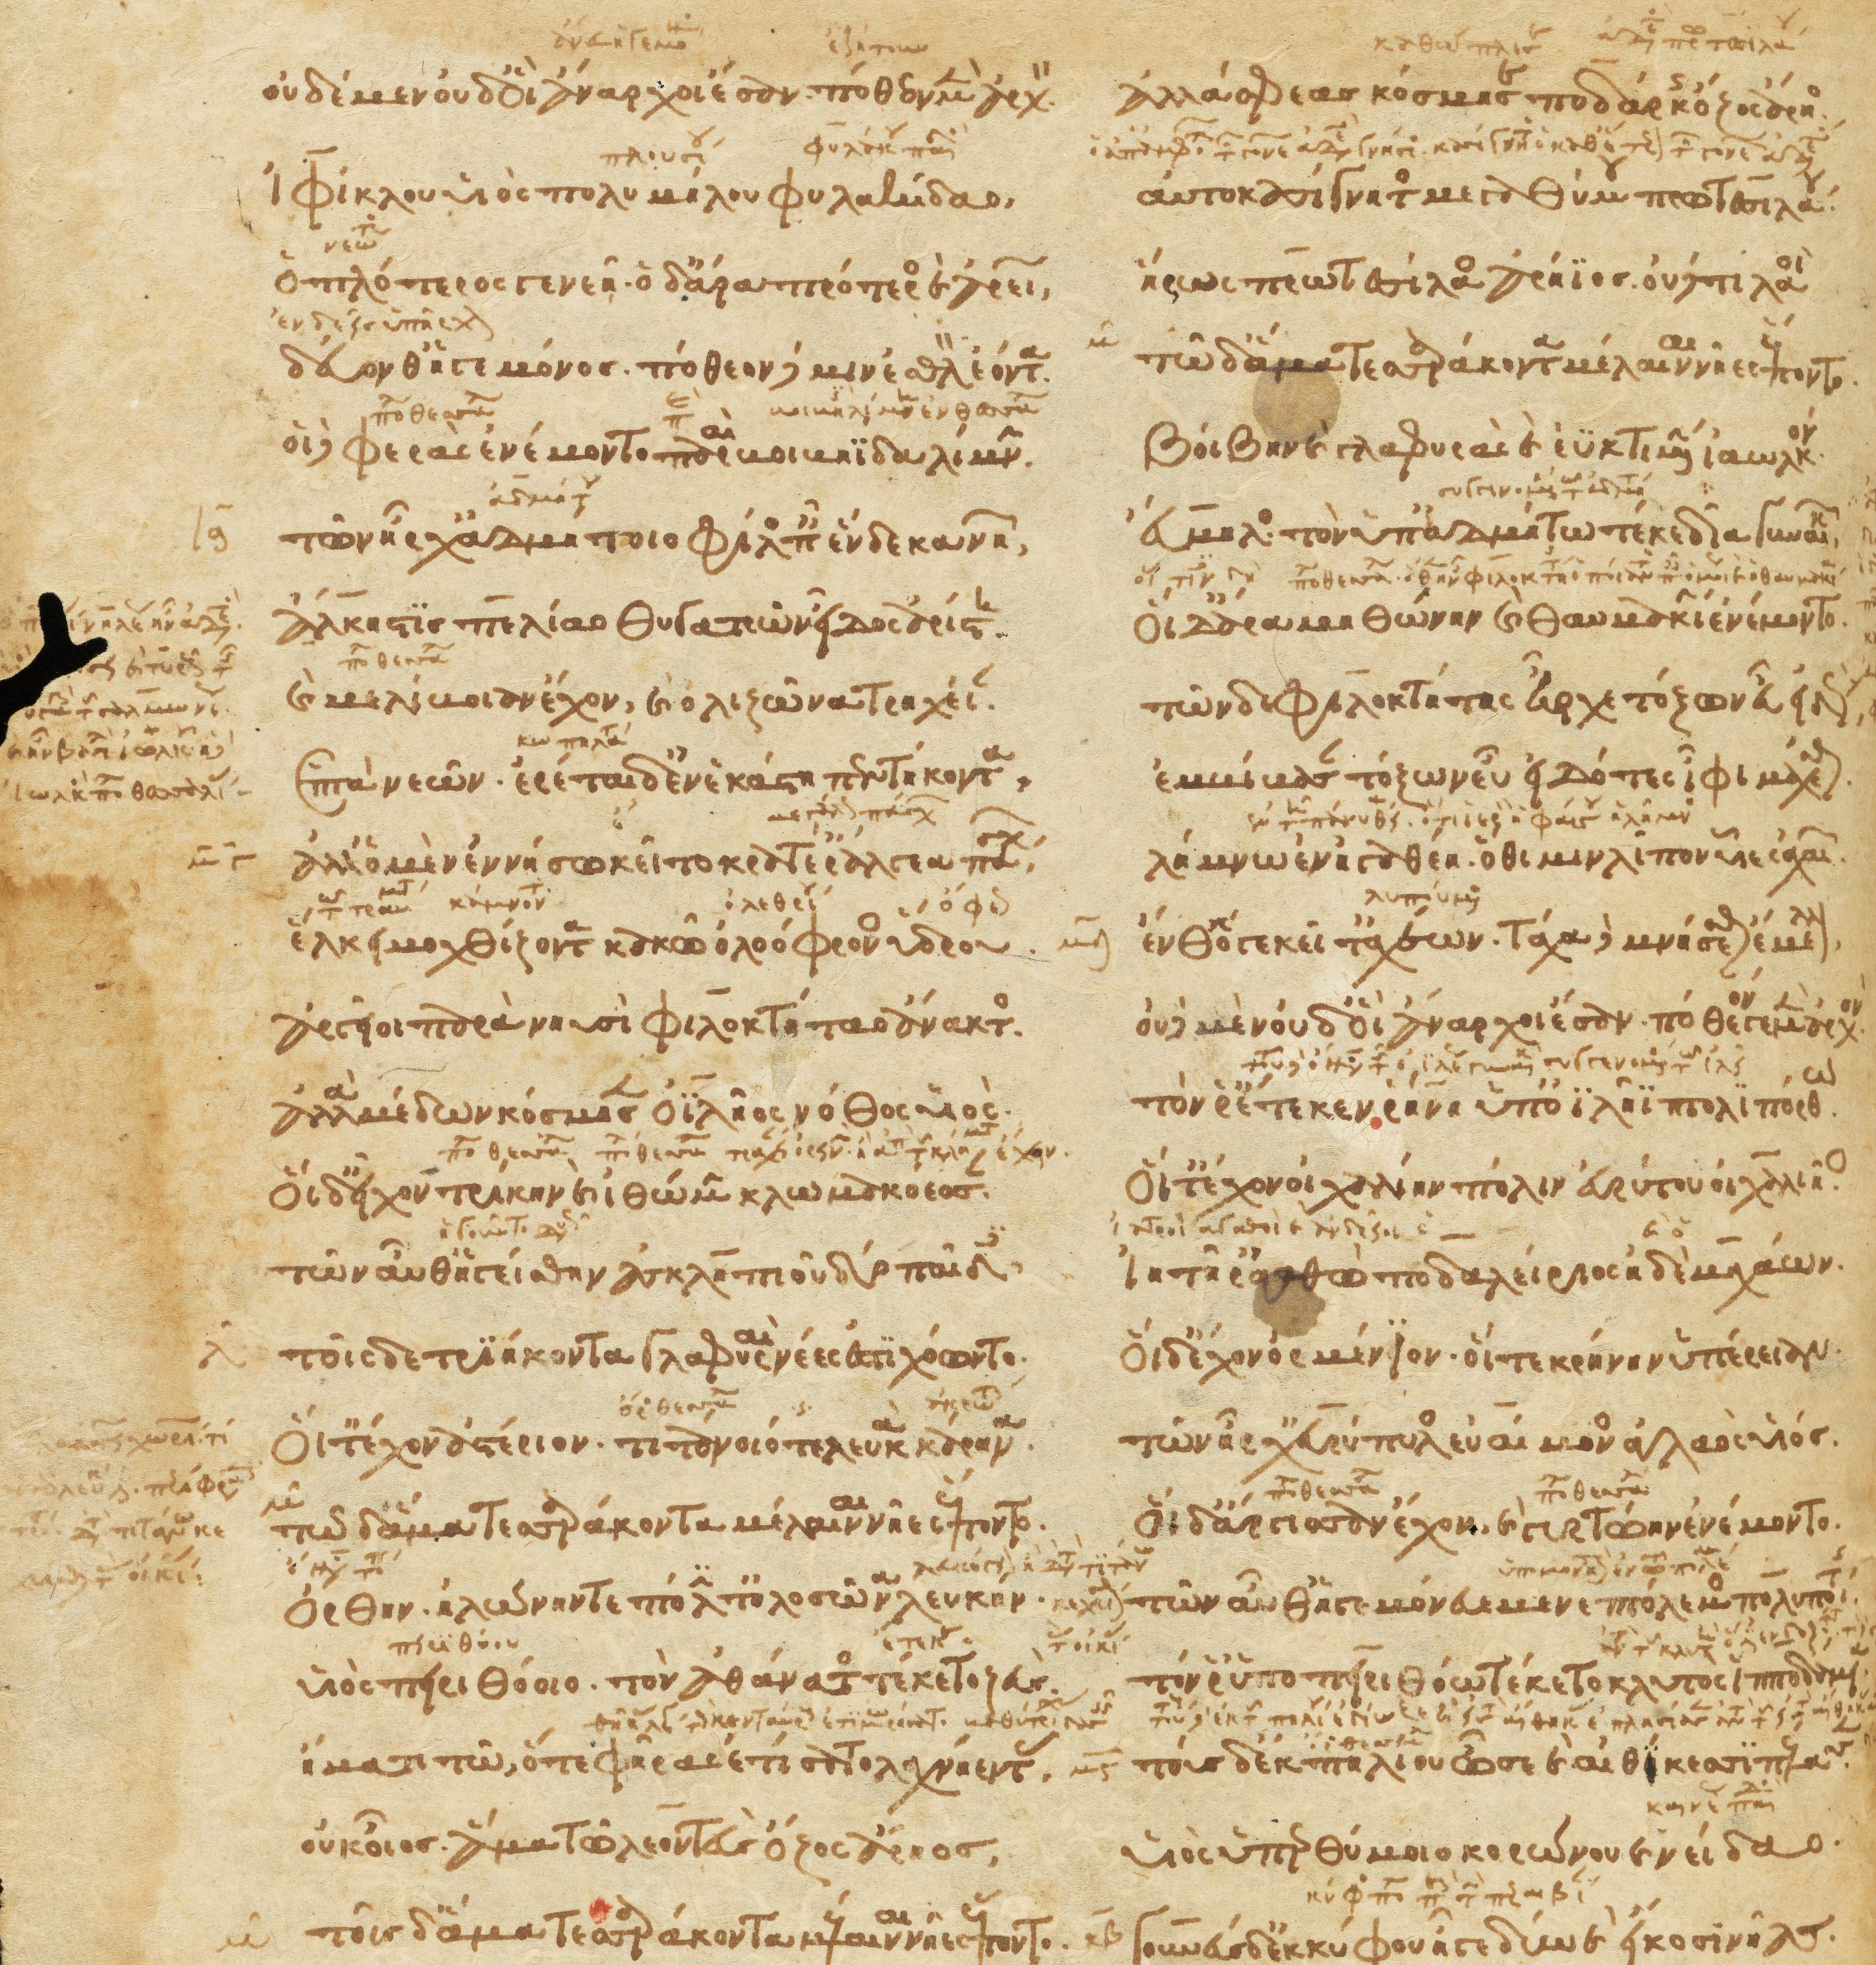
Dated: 1266–1299